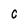
Character: 0